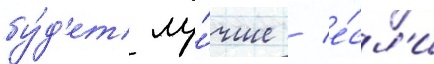
бу́д'ет лу́чше / е́сл'и